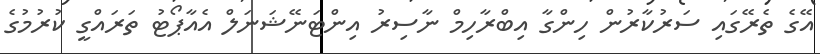
އޭގެ ތެރޭގައި ސަރުކާރުން ހިންގާ އިބްރާހިމް ނާސިރު އިންޓަނޭޝަނަލް އެއާޕޯޓު ތަރައްގީ ކުރުމުގެ